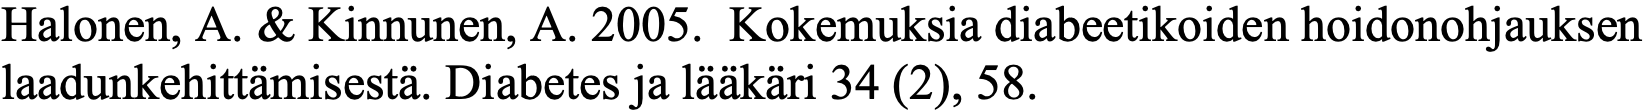
Halonen, A. & Kinnunen, A. 2005. Kokemuksia diabeetikoiden hoidonohjauksen laadunkehittämisestä. Diabetes ja lääkäri 34 (2), 58.